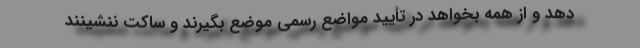
دهد و از همه بخواهد در تأیید مواضع رسمی موضع بگیرند و ساکت ننشینند